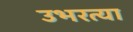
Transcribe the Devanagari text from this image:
उभरत्या